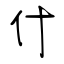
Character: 什